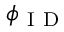
\phi _ { \mathrm { ~ I ~ D ~ } }